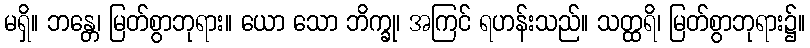
မရှိ။ ဘန္တေ၊ မြတ်စွာဘုရား။ ယော သော ဘိက္ခု၊ အကြင် ရဟန်းသည်။ သတ္ထရိ၊ မြတ်စွာဘုရား၌။